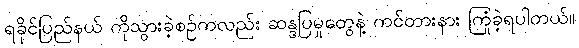
ရခိုင်ပြည်နယ် ကိုသွားခဲ့စဉ်ကလည်း ဆန္ဒပြမှုတွေနဲ့ ကင်တားနား ကြုံခဲ့ရပါတယ်။